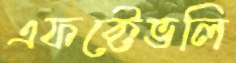
এফক্টেভলি